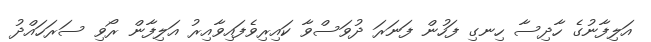
އަލިފާނުގެ ހާދިސާ ހިނގި ފަހުން ފަނަރަ ދުވަސްވާ ކައިރިވެފައިވާއިރު އަލިފާން ރޯވި ސަރަހައްދު